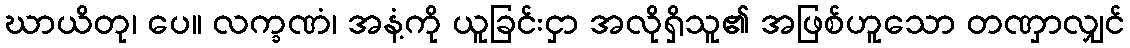
ဃာယိတု၊ ပေ။ လက္ခဏံ၊ အနံ့ကို ယူခြင်းငှာ အလိုရှိသူ၏ အဖြစ်ဟူသော တဏှာလျှင်